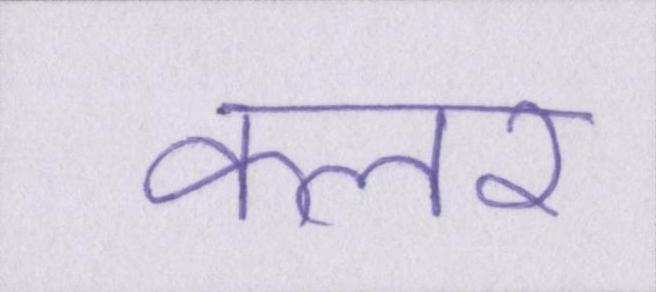
कलर